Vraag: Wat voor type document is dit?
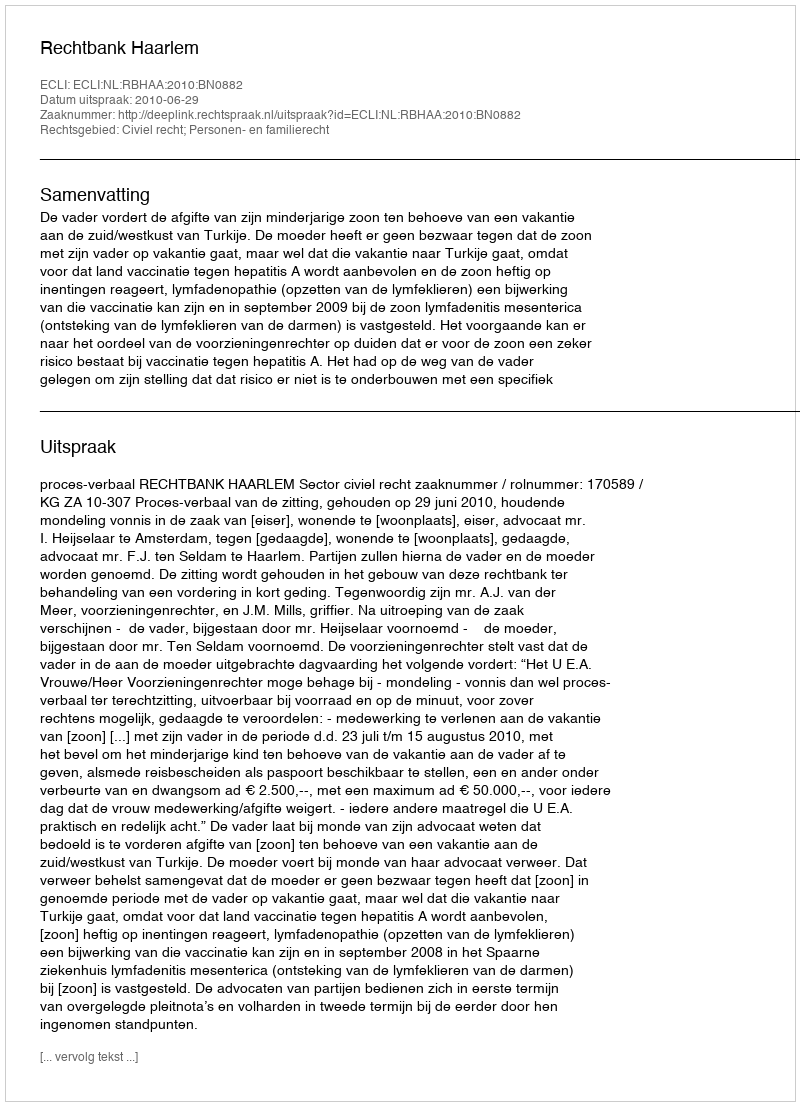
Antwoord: Uitspraak